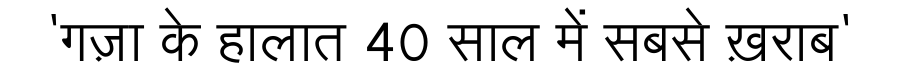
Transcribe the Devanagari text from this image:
'गज़ा के हालात 40 साल में सबसे ख़राब'